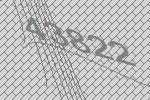
43822